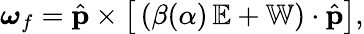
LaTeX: \boldsymbol{\omega}_{f}=\hat{\mathbf{p}}\times\big[\left(\beta(\alpha)\, {\mathbb{E}}+{\mathbb{W}}\right)\cdot{\hat{\mathbf p}}\big],